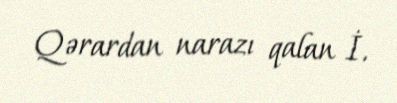
Qərardan narazı qalan İ.